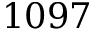
1 0 9 7